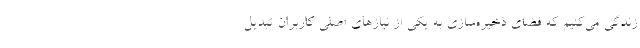
زندگی می‌کنیم که فضای ذخیره‌سازی به یکی از نیازهای اصلی کاربران تبدیل